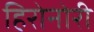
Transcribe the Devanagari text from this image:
हिरोनोरी